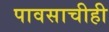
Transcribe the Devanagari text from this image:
पावसाचीही